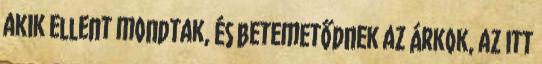
akik ellent mondtak, és betemetődnek az árkok, az itt